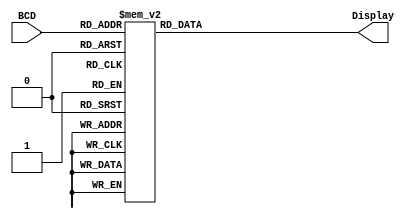
module Seven_Seg_Display (Display, BCD);
output [6:0]Display;
input  [3:0]BCD;
reg    [6:0]Display;

parameter BLACK = 7'b111_1111;
parameter ZERO = 7'b000_0001;
parameter ONE = 7'b100_1111;
parameter TWO = 7'b001_0010; 
parameter THREE = 7'b000_0110;
parameter FOUR = 7'b100_1100;
parameter FIVE = 7'b010_0100;
parameter SIX = 7'b010_0000;
parameter SEVEN = 7'b000_1111;
parameter EIGHT = 7'b000_0000;
parameter NINE = 7'b000_0100;
parameter A = 7'b000_1000;
parameter b = 7'b110_0000;
parameter C = 7'b011_0001;

always @(BCD)
case(BCD)
0: Display = ZERO;
1: Display = ONE;
2: Display = TWO;
3: Display = THREE;
4: Display = FOUR;
5: Display = FIVE;
6: Display = SIX;
7: Display = SEVEN;
8: Display = EIGHT;
9: Display = NINE;
10: Display = A;
11: Display = b;
12: Display = C;
default: Display = BLACK;
endcase
endmodule